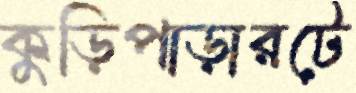
কুড়িপাড়ারটে